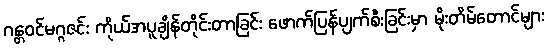
ဂန္တဝင်မဂ္ဂဇင်း ကိုယ်အပူချိန်တိုင်းတာခြင်း ဖောက်ပြန်ပျက်စီးခြင်းမှာ မိုးတိမ်တောင်များ